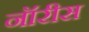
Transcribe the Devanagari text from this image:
नॉरीस